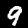
Label: 9